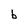
Character: b